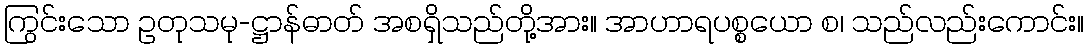
ကြွင်းသော ဥတုသမု-ဋ္ဌာန်ဓာတ် အစရှိသည်တို့အား။ အာဟာရပစ္စယော စ၊ သည်လည်းကောင်း။